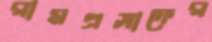
রামপ্রসাদের